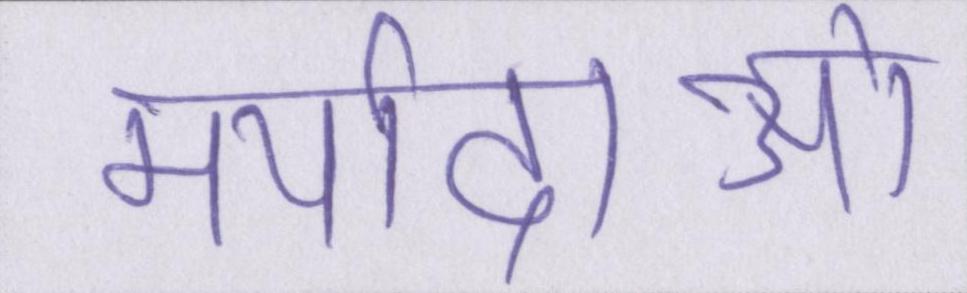
मर्यादाओं